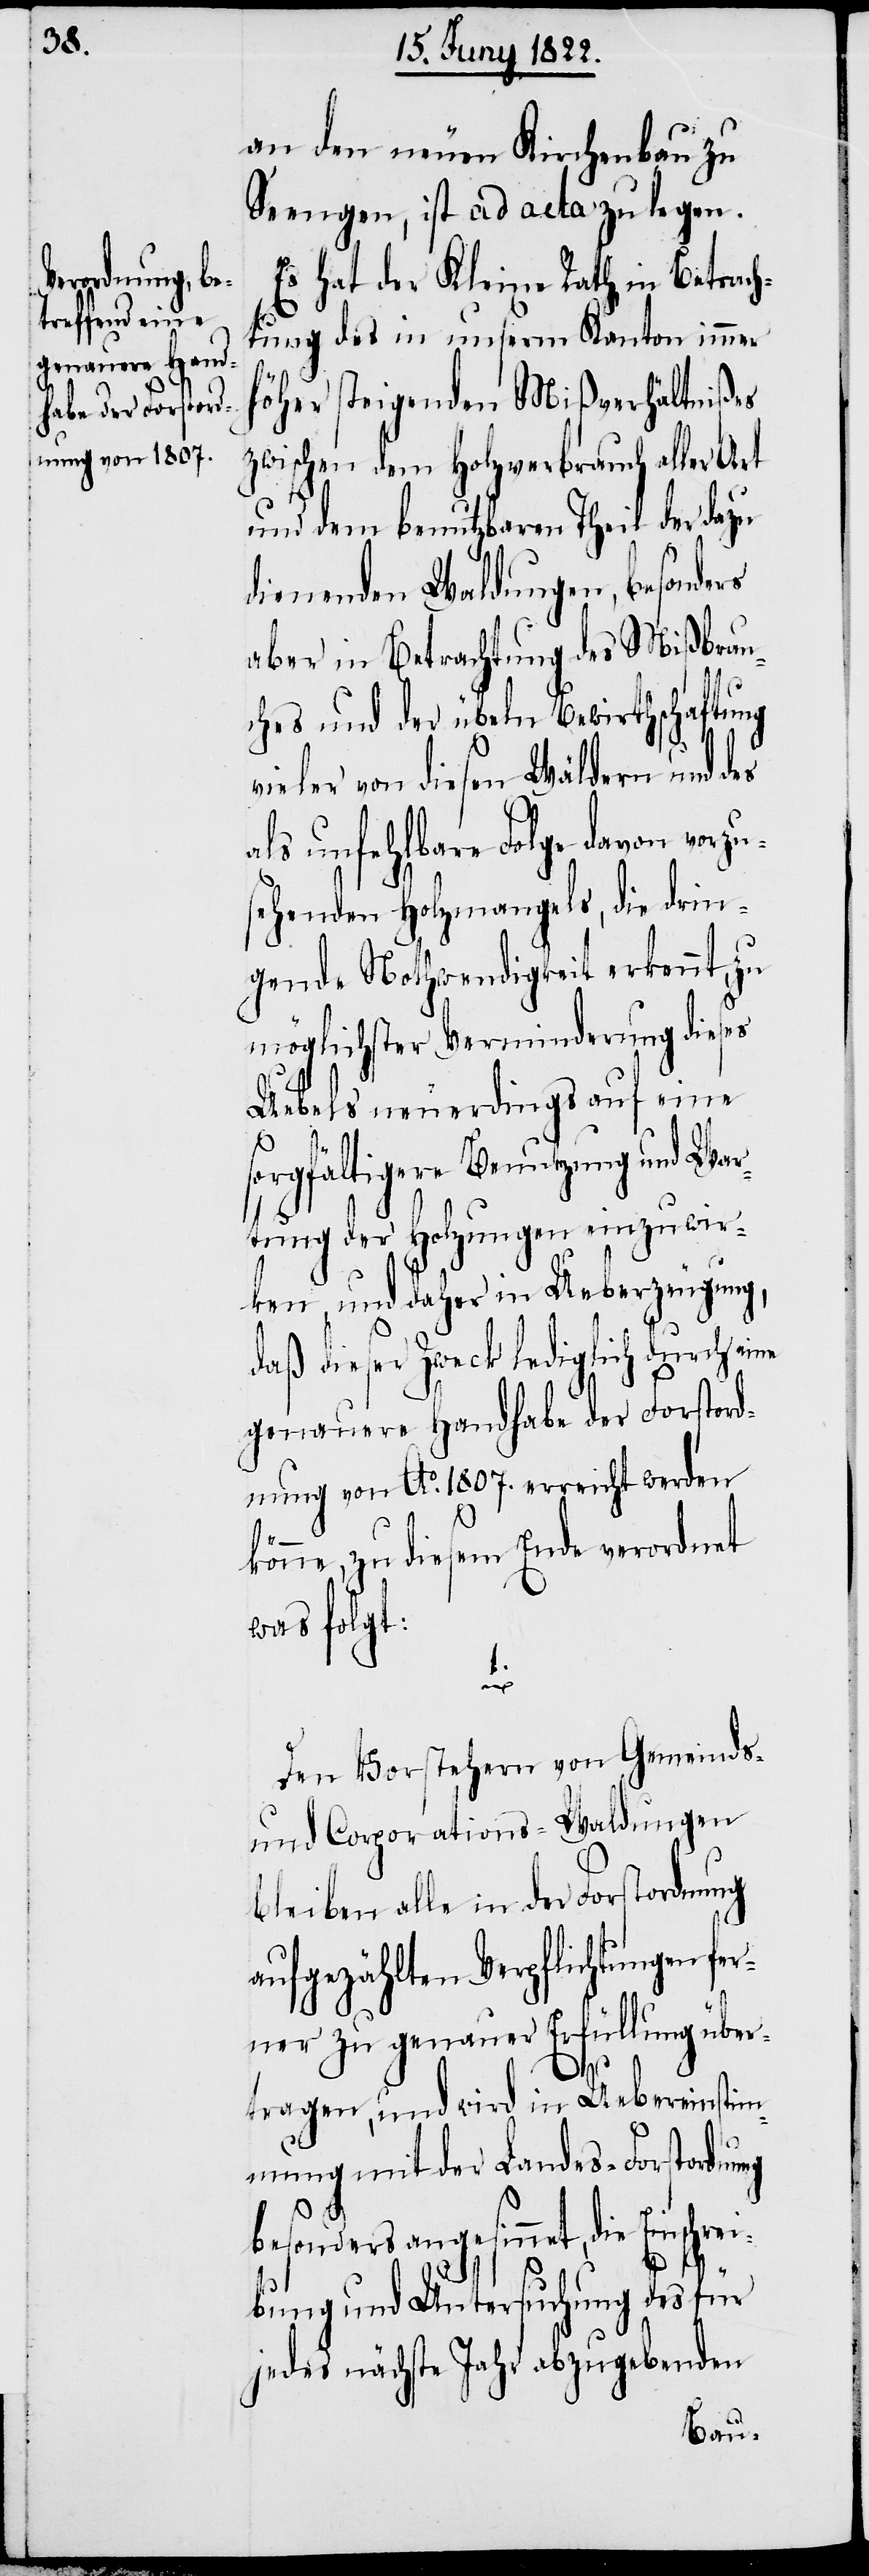
an den neuen Kirchenbau zu
Seengen, ist ad acta zu legen.
Es hat der Kleine Rath in Betrach¬
tung des in unserm Kanton immer
öher steigenden Mißverhältnißes
zwischen dem Holzverbrauch aller Art
und dem benutzbaren Theil der dazu
dienenden Waldungen, besonders
aber in Betrachtung des Mißbrau¬
ches und der übeln Bewirthschaftung
vieler von diesen Wäldern und d¬
als unfehlbare Folge davon vorzu¬
sehenden Holzmangels, die drin¬
gende Nothwendigkeit erkennt zu
möglichster Verminderung dieses
Uebels neuerdings auf eine
sorgfältigere Benutzung und War¬
tung der Holzungen einzuwir¬
ken, und daher in Ueberzeugung,
daß dieser Zweck lediglich durch eine
genauere Handhabe der Forstord¬
nung Ao. 1807. erreicht werden
könne, zu diesem Ende verordnet
was folgt:
1.
Den Vorstehern von Gemeinds-
und Corporations-Waldungen
bleiben alle in der Forstordnung
aufgezählten Verpflichtungen fer¬
ner zu genauer Erfüllung über¬
tragen, und wird in Uebereinstim¬
mung mit der Landes-Forstordnung
besonders angestimmet, die Einschre¬
ibung und Untersuchung des für
jedes Jahr abzugebenden